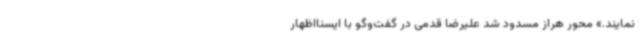
نمایند.» محور هراز مسدود شد علیرضا قدمی در گفت‌وگو با ایسنااظهار